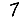
Digit: 7